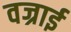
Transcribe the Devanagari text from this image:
वज्राई